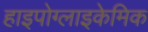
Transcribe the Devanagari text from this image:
हाइपोग्लाइकेमिक